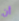
أن